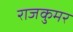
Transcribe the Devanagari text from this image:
राजकुमर